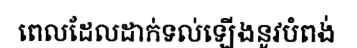
ពេលដែលដាក់ទល់ឡើងនូវបំពង់